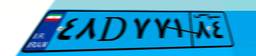
۱۱D۶۳۴۹۴